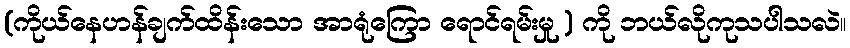
(ကိုယ်နေဟန်ချက်ထိန်းသော အာရုံကြော ရောင်ရမ်းမှု ) ကို ဘယ်လိုကုသပါသလဲ။